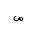
Letter: _sad